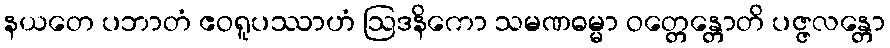
နယတေ ပဘာတံ ဧဝရူပဿာဟံ ဩဒနိကော သမဏဓမ္မာ ဝတ္တေန္တောတိ ပဇ္ဇလန္တော